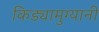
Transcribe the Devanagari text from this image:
किड्यामुग्यानी